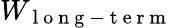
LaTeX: W_{\mathrm{~l~o~n~g~-~t~e~r~m~}}